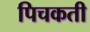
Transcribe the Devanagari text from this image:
पिचकती